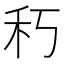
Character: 𥝑